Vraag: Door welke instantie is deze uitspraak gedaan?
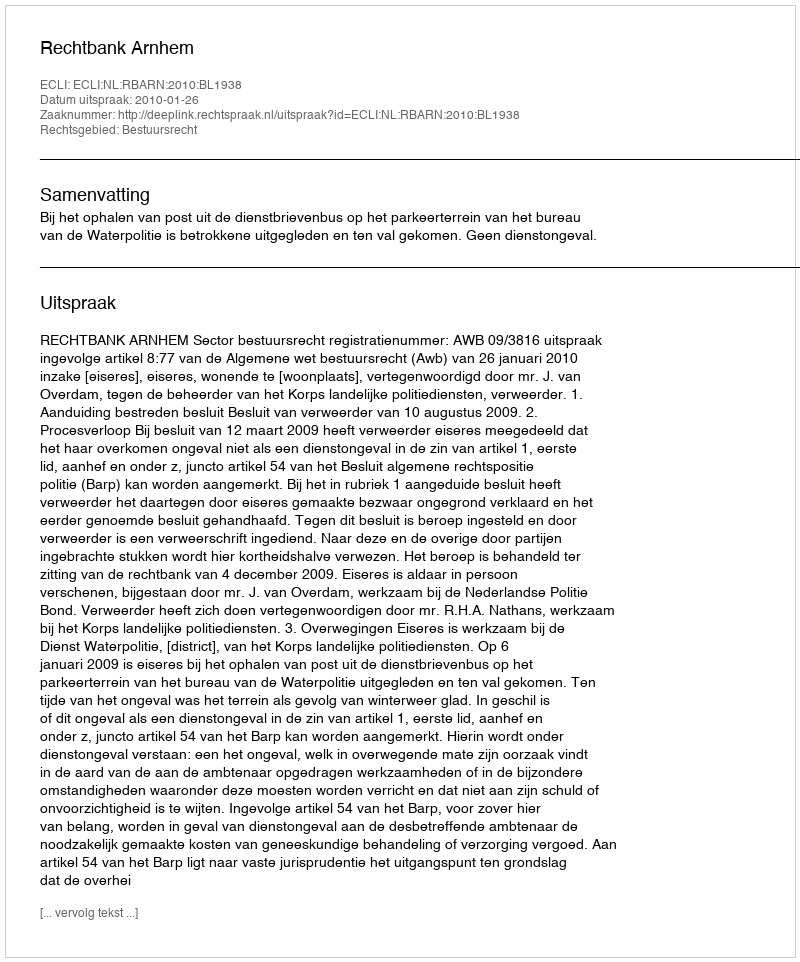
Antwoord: Rechtbank Arnhem